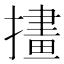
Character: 㩇